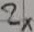
Text: 2×